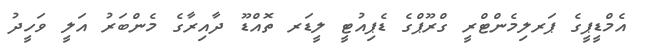
އެމްޑީޕީގެ ޕަރލިމެންޓްރީ ގްރޫޕްގެ ޑެޕިއުޓީ ލީޑަރ ތޮއްޑޫ ދާއިރާގެ މެންބަރު އަލީ ވަހީދު